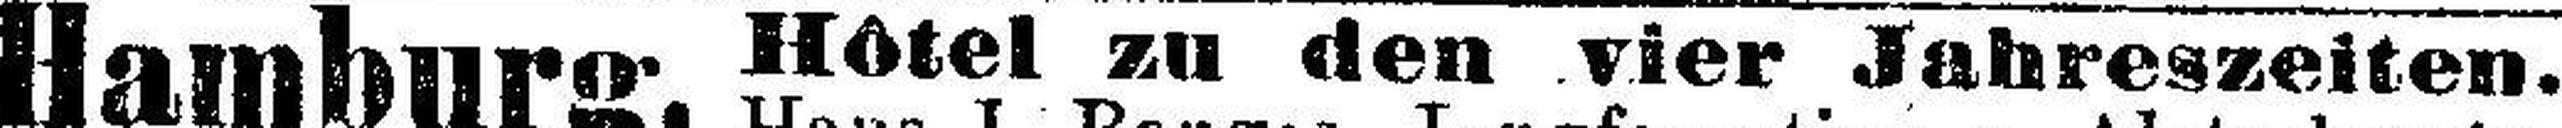
Hamburg. Hôtel zu den vier Jahreszeiten.